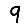
Digit: 9